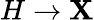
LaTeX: H\rightarrow\mathbf{X}